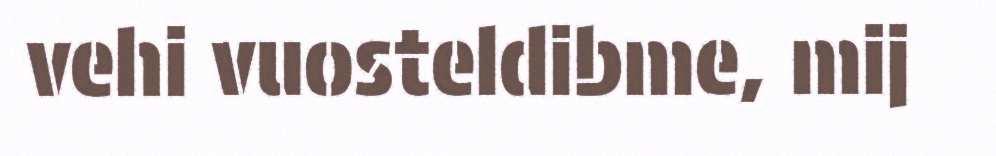
vehi vuosteldibme, mij